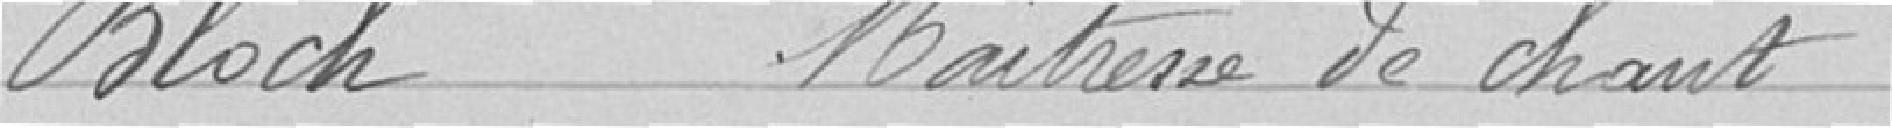
Bloch Maîtresse de chant